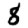
Digit: 8